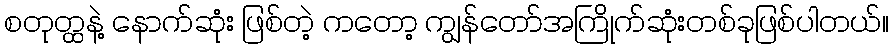
စတုတ္ထနဲ့ နောက်ဆုံး ဖြစ်တဲ့ ကတော့ ကျွန်တော်အကြိုက်ဆုံးတစ်ခုဖြစ်ပါတယ်။